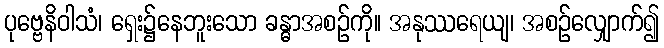
ပုဗ္ဗေနိဝါသံ၊ ရှေး၌နေဘူးသော ခန္ဓာအစဉ်ကို။ အနုဿရေယျ၊ အစဉ်လျှောက်၍